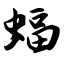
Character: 蝠